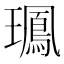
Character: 𤪧